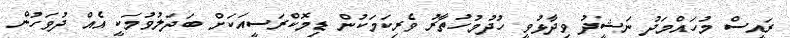
ރައީސް މުހައްމަދު ނަޝީދު ވިދާޅުވީ ހުދުމުހުތާރު ވެރިކަމަކުން ޑިމޮކްރަސީއަކަށް ބަދަލުވުމަކީ އެއް ދުވަހުން